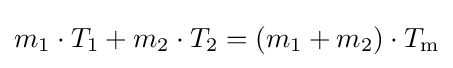
m_{1}\cdot T_{1}+m_{2}\cdot T_{2}=(m_{1}+m_{2})\cdot T_{\mathrm {m} }